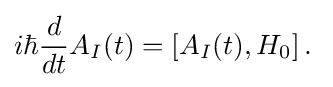
i\hbar {\frac {d}{dt}}A_{I}(t)=\left[A_{I}(t),H_{0}\right].\;